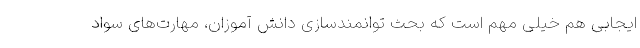
ایجابی هم خیلی مهم است که بحث توانمندسازی دانش آموزان، مهارت‌های سواد